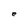
Character: e